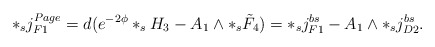
\begin{align*}*_s j_{F1}^{Page} = d(e^{-2\phi} *_sH_3 - A_1 \wedge *_s \tilde F_4)= *_s j_{F1}^{bs} - A_1 \wedge *_s j_{D2}^{bs}.\end{align*}